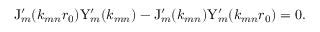
\mathrm { J } _ { m } ^ { \prime } ( k _ { m n } r _ { 0 } ) \mathrm { Y } _ { m } ^ { \prime } ( k _ { m n } ) - \mathrm { J } _ { m } ^ { \prime } ( k _ { m n } ) \mathrm { Y } _ { m } ^ { \prime } ( k _ { m n } r _ { 0 } ) = 0 .